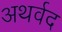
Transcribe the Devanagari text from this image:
अथर्वद